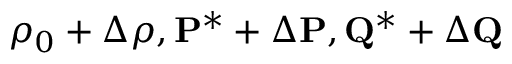
\rho _ { 0 } + \Delta \rho , { \bf P ^ { * } } + \Delta { \bf P } , { \bf Q ^ { * } } + \Delta { \bf Q }